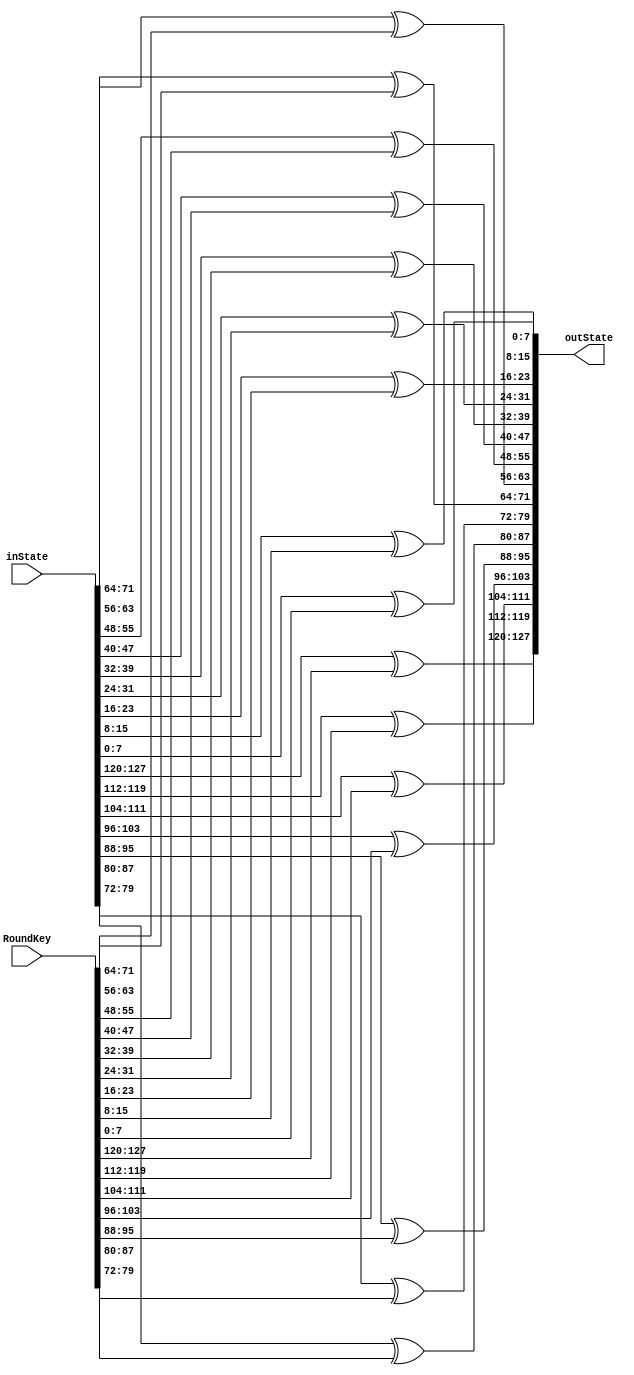
module AddRoundKey(output [0:127] outState, input [0:127] inState, input [0:127] RoundKey);

assign outState[0:7] = inState[0:7] ^ RoundKey[0:7];
assign outState[8:15] = inState[8:15] ^ RoundKey[8:15];
assign outState[16:23] = inState[16:23] ^ RoundKey[16:23];
assign outState[24:31] = inState[24:31] ^ RoundKey[24:31];
assign outState[32:39] = inState[32:39] ^ RoundKey[32:39];
assign outState[40:47] = inState[40:47] ^ RoundKey[40:47];
assign outState[48:55] = inState[48:55] ^ RoundKey[48:55];
assign outState[56:63] = inState[56:63] ^ RoundKey[56:63];
assign outState[64:71] = inState[64:71] ^ RoundKey[64:71];
assign outState[72:79] = inState[72:79] ^ RoundKey[72:79];
assign outState[80:87] = inState[80:87] ^ RoundKey[80:87];
assign outState[88:95] = inState[88:95] ^ RoundKey[88:95];
assign outState[96:103] = inState[96:103] ^ RoundKey[96:103];
assign outState[104:111] = inState[104:111] ^ RoundKey[104:111];
assign outState[112:119] = inState[112:119] ^ RoundKey[112:119];
assign outState[120:127] = inState[120:127] ^ RoundKey[120:127];

endmodule